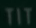
MIT